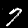
Label: 7